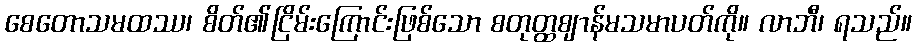
စေတောသမထဿ၊ စိတ်၏ငြိမ်းကြောင်းဖြစ်သော စတုတ္ထဈာန်မသမာပတ်ကို။ လာဘီ၊ ရသည်။